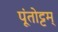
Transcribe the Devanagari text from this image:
पूंतोट्टम्